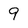
Character: 9